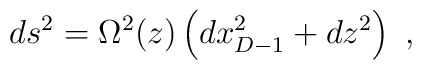
ds^2 = \Omega^2(z) \left( dx^2_{D-1} + dz^2 \right) \ ,